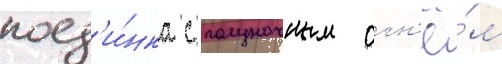
поед'и́нка с полуночным огн'ё́м